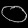
Digit: ၀